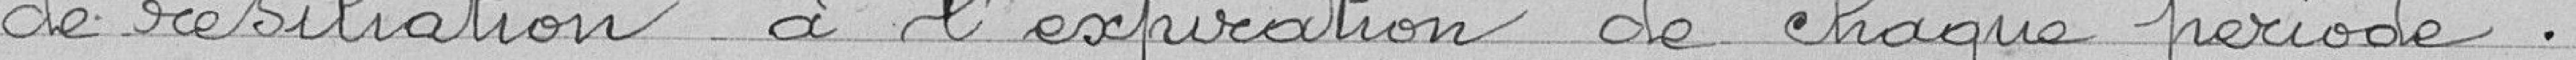
de résiliation à l'expiration de chaque période.